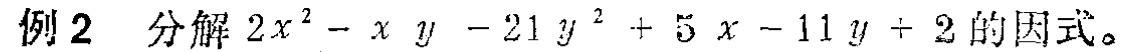
例2 分解 \(2x^{2}-xy - 21y^{2}+5x - 11y + 2\) 的因式。